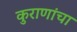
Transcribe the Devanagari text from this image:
कुराणांचा